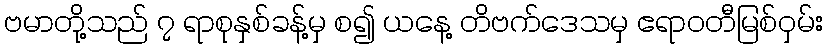
ဗမာတို့သည် ၇ ရာစုနှစ်ခန့်မှ စ၍ ယနေ့ တိဗက်ဒေသမှ ဧရာဝတီမြစ်ဝှမ်း